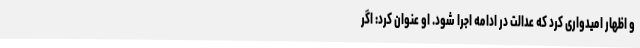
و اظهار امیدواری کرد که عدالت در ادامه اجرا شود. او عنوان کرد: اگر